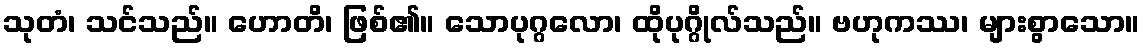
သုတံ၊ သင်သည်။ ဟောတိ၊ ဖြစ်၏။ သောပုဂ္ဂလော၊ ထိုပုဂ္ဂိုလ်သည်။ ဗဟုကဿ၊ များစွာသော။